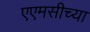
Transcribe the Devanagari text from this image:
एएमसीच्या